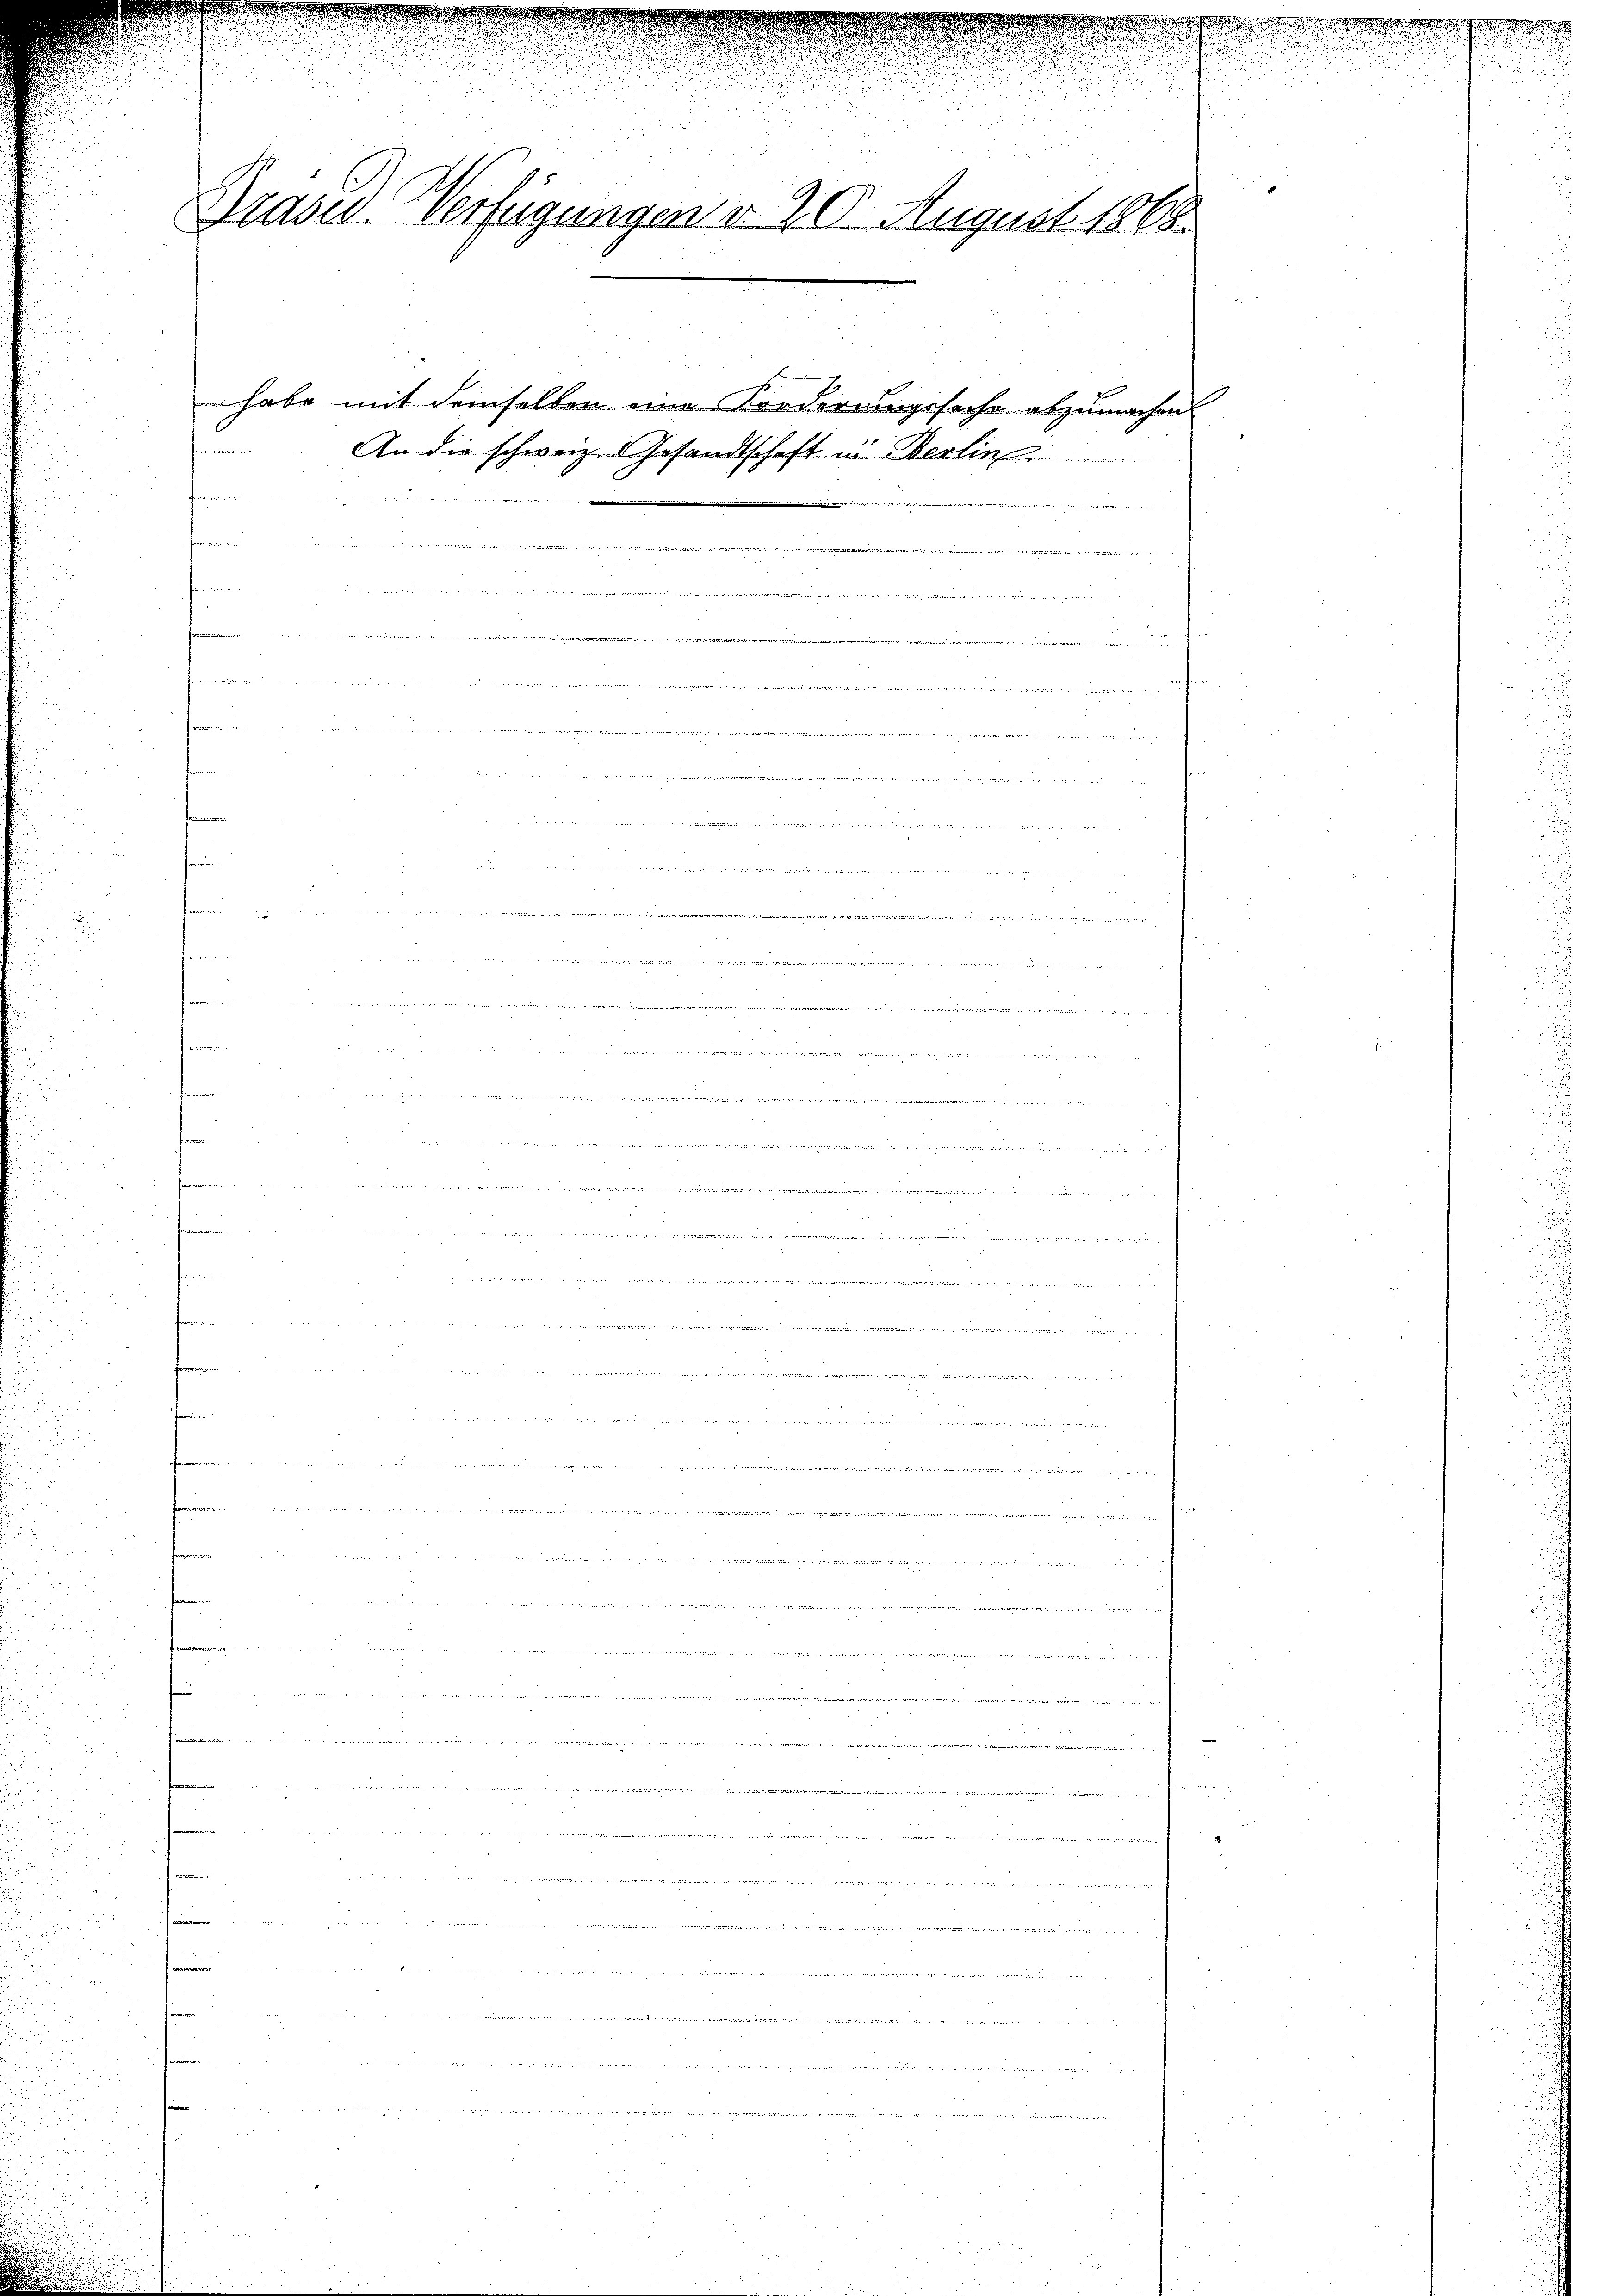
Mräsid. Verfügungen d. 20. August 1868.

2
n
n
.
fenen
h      Mein Minden gegen
u

An die schweiz. Gesandtschaft in Berlin

habe mit demselben eine Forderungssache abzumachen.

Wer eine
einigung ei

5
ide, er der Magister
                              331. Aug. 10. 61131
.
n ain an. 1793. 14. 28. 7. 17. Andro. 124. diritt weitiger f 0 x
.
iieren
e

w

,

.
i

e

e
.

u

u

i